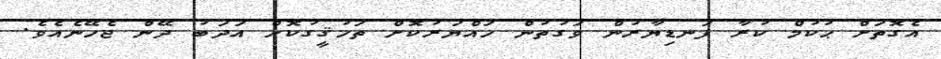
އެގޮތަށް ޙުކުމް ކުރާ ފަނޑިޔާރުން ވަގުތުން ހައްޔަރުކޮށް ތަހުޤީގުކޮށް އަދަބު ދޭން ޖެހޭނެއެވެ.